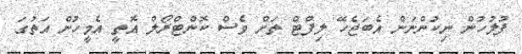
ފުލުހުން ނިކުންނަން އެބަޖެހޭ ލިފްޓް ތަށް ވެސް ކޮންޓްރޯލް އޮތީ އެމީހުން އަތުގަ